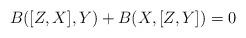
LaTeX: \begin{align*} B([Z,X],Y) + B(X,[Z,Y]) = 0 \end{align*}